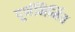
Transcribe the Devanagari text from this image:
पूर्णनिर्मित